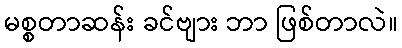
မစ္စတာဆန်း ခင်ဗျား ဘာ ဖြစ်တာလဲ။